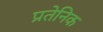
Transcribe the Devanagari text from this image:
प्रतेनिक